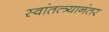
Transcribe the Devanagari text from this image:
स्वांतत्त्र्यानंतर